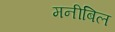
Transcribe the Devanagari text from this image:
मनीबिल